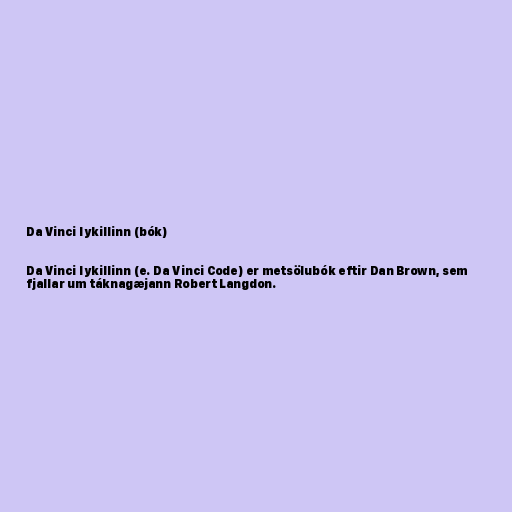
Da Vinci lykillinn (bók)

Da Vinci lykillinn (e. Da Vinci Code) er metsölubók eftir Dan Brown, sem
fjallar um táknagæjann Robert Langdon.